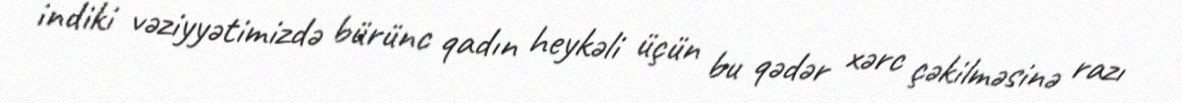
indiki vəziyyətimizdə bürünc qadın heykəli üçün bu qədər xərc çəkilməsinə razı